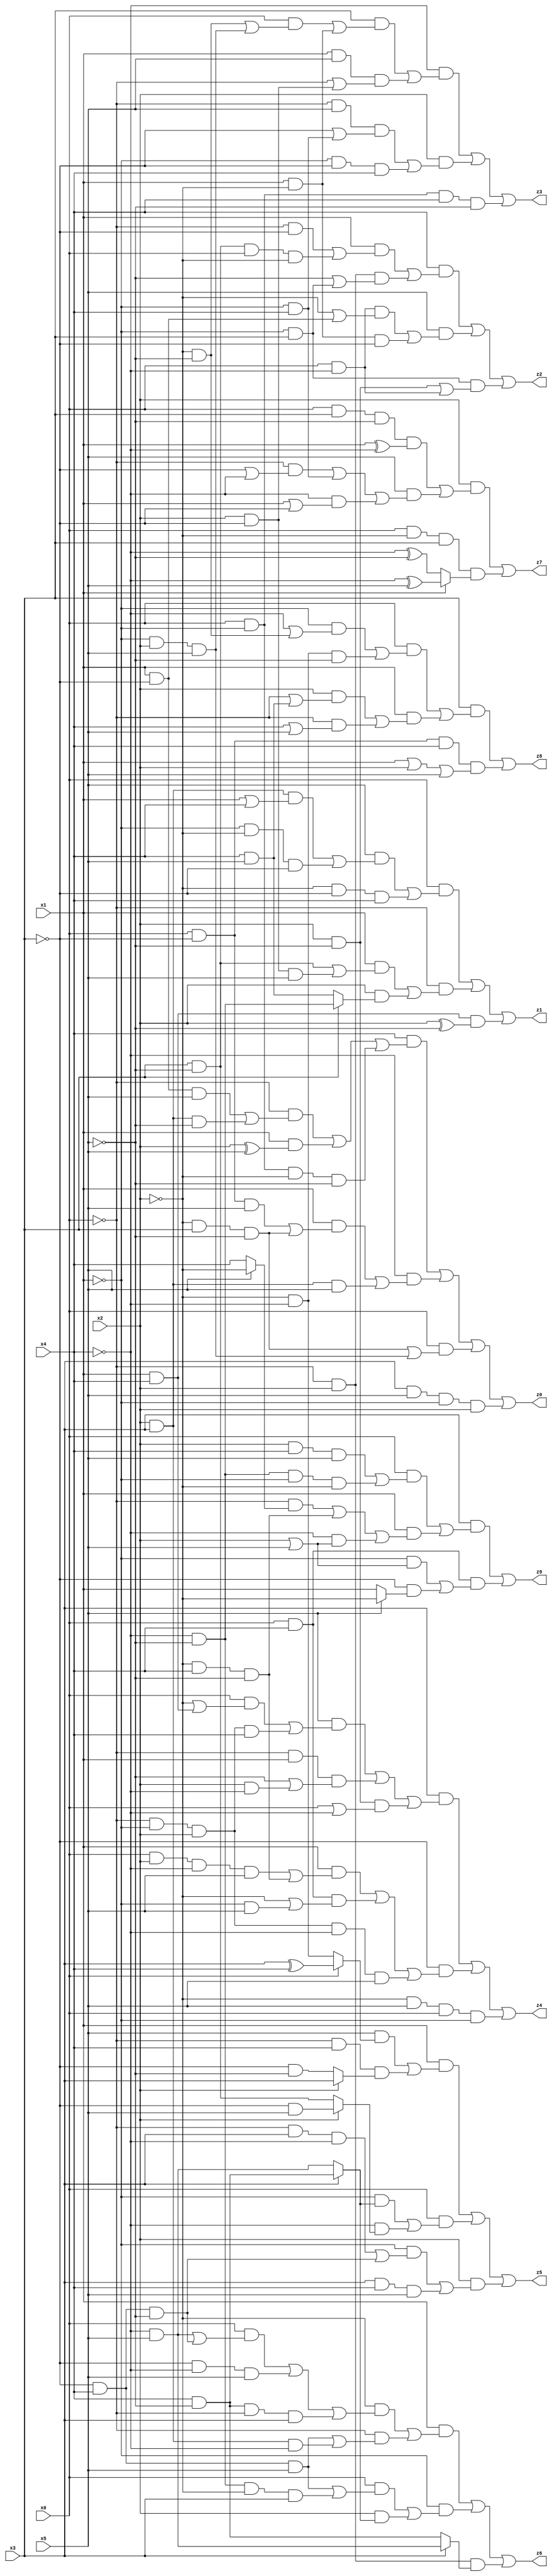
// Benchmark "mult_3x3_108" written by ABC on Fri Dec 09 22:23:31 2022

module mult_3x3_108 ( 
    x0, x1, x2, x3, x4, x5,
    z0, z1, z2, z3, z4, z5, z6, z7, z8, z9  );
  input  x0, x1, x2, x3, x4, x5;
  output z0, z1, z2, z3, z4, z5, z6, z7, z8, z9;
  assign z0 = (x4 & ((~x0 & ((x1 & ~x3 & x5) | (x2 & x3 & ~x5))) | (x1 & (x2 ^ x5)) | (x0 & ~x1 & ~x2 & ~x5))) | (~x4 & ((x1 & ((x0 & ~x3 & x5) | (~x2 & x3 & ~x5))) | (x2 & x3 & x5))) | (x0 & ((~x2 & x3 & ~x5) | (~x1 & x2 & x5))) | (x3 & x5 & ~x1 & x2);
  assign z1 = (x0 & ((x5 & ((x2 & x3 & (x1 | x4)) | (~x1 & ~x2 & ~x3))) | (~x2 & ~x3 & x4))) | (~x0 & ((x1 & ((x3 & ~x5) | (x2 & ~x3 & x5))) | (x2 & (x3 ? (~x4 & ~x5) : (x4 & x5))))) | (x1 & x4 & (x2 ^ ~x5));
  assign z2 = (x4 & ((x1 & ((~x0 & ~x3) | (x3 & ~x5 & x0 & ~x2))) | (~x0 & x2 & (~x5 | (~x1 & x3))))) | (x5 & ((x0 & ~x4 & (~x2 | (x1 & ~x3))) | (x1 & ~x2 & ~x3))) | (~x1 & x3 & ((x2 & ~x5) | (x0 & ~x4)));
  assign z3 = (~x4 & ((x3 & ((x0 & ((~x2 & ~x5) | (~x1 & x2 & x5))) | (x1 & ~x2))) | (x1 & x5 & (~x0 | (x2 & ~x3))))) | (x2 & ((~x0 & x5 & (~x3 | (~x1 & x4))) | (~x1 & ~x3 & x4))) | (x0 & ~x1 & x4 & ~x5);
  assign z4 = (x3 & ((x5 & ((x0 & (~x2 | (x1 & x4))) | (~x0 & ~x1 & x2 & x4))) | (~x0 & x1 & (~x5 | (x2 & ~x4))) | (x2 & ~x5 & (x0 | ~x4)))) | (~x3 & ((x1 & ((x0 & x2 & ~x4 & x5) | (~x2 & x4 & ~x5))) | (x0 & x4 & (~x2 | (~x1 & x5))) | (~x0 & ~x1 & x2 & ~x4 & x5))) | (~x2 & x5 & x0 & ~x1);
  assign z5 = (x1 & ((x5 & (x0 ? (x3 ^ x4) : (~x2 & ~x4))) | (~x0 & x4 & (x2 ? x3 : (~x3 & ~x5))))) | (x0 & ((~x1 & (x3 ? (x4 & ~x5) : (~x4 & x5))) | (~x4 & (x2 ? (~x3 & x5) : (x3 & ~x5))))) | (x2 & ((~x1 & ((~x0 & x3 & ~x4) | (~x3 & x4 & ~x5))) | (x3 & x4 & x5)));
  assign z6 = (x1 & ((~x2 & ((x0 & ((~x4 & x5) | (~x3 & x4 & ~x5))) | (~x3 & ~x4 & x5) | (x4 & ~x5 & ~x0 & x3))) | (~x0 & ((~x3 & x4 & x5) | (x2 & x3 & ~x4))))) | (~x1 & ((x0 & ((~x3 & x4 & x5) | (~x4 & ~x5 & ~x2 & x3))) | (x2 & (x3 ? (x4 & ~x5) : (~x4 & x5))))) | (~x0 & x2 & (x3 ? (~x4 & x5) : (x4 & ~x5)));
  assign z7 = (x2 & ((x0 & x3 & ~x5 & (x1 ^ ~x4)) | (x5 & ((~x0 & (~x3 | ~x4)) | (~x1 & x4) | (~x4 & (x1 | ~x3)))))) | (x0 & ~x2 & x3 & (x1 ? (~x4 ^ x5) : (~x4 ^ ~x5)));
  assign z8 = (x3 & ((x0 & ((~x1 & (~x4 | (~x2 & ~x5))) | (~x2 & ~x4 & ~x5))) | (x1 & ((x2 & (~x0 | (x4 & x5))) | (~x0 & (x4 | x5)))))) | (x0 & ~x3 & x4 & (x1 | x2 | x5));
  assign z9 = (x3 & ((x0 & ((x2 & x4 & x5) | (~x4 & ~x5 & ~x1 & ~x2))) | (x1 & ((~x0 & (x5 ? ~x2 : x4)) | (~x2 & x4 & ~x5) | (~x4 & (x2 | x5)))))) | (x0 & x4 & ((~x1 & (x2 | x5)) | (~x3 & (x5 ? ~x2 : x1))));
endmodule